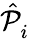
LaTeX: \hat{\mathcal{P}}_{i}^{\phantom{\dagger}}